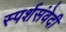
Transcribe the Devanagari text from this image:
स्पर्शसंवेदी